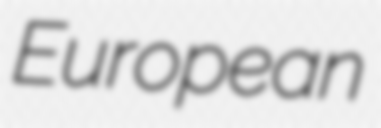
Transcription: European